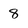
Character: 8